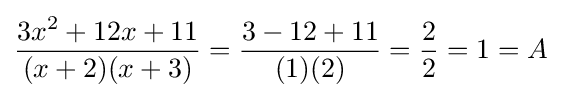
{\frac {3x^{2}+12x+11}{(x+2)(x+3)}}={\frac {3-12+11}{(1)(2)}}={\frac {2}{2}}=1=A